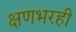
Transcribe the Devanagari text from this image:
क्षणभरही